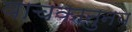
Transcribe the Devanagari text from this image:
वाचकानुनय